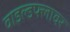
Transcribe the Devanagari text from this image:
वाइल्डफ्लावर